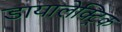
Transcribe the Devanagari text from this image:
डायालेक्ट्रिक